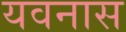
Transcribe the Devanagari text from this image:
यवनास